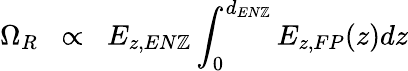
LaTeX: \Omega_{R}\; \; \propto\; \; E_{z,EN\mathbb{Z}}\int_{0}^{d_{EN\mathbb{Z}}}E_{z,FP}(z)dz